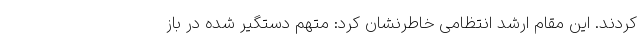
کردند. این مقام ارشد انتظامی خاطرنشان کرد: متهم دستگیر شده در باز